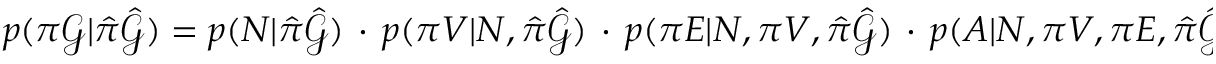
\begin{array} { r } { p ( \pi \mathcal { G } | \hat { \pi } \hat { \mathcal { G } } ) = p ( N | \hat { \pi } \hat { \mathcal { G } } ) \, \cdot \, p ( \pi V | N , \hat { \pi } \hat { \mathcal { G } } ) \, \cdot \, p ( \pi E | N , \pi V , \hat { \pi } \hat { \mathcal { G } } ) \, \cdot \, p ( A | N , \pi V , \pi E , \hat { \pi } \hat { \mathcal { G } } ) } \end{array}